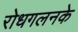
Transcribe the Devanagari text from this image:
रोधगलनके